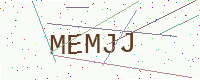
Text: MEMJJ